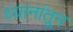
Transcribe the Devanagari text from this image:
ध्यानांतून